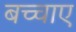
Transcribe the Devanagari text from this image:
बच्चाए